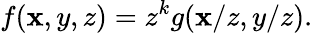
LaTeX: f(\mathbf{x},y,z)=z^{k}g(\mathbf{x}/z,y/z).